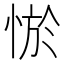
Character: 𢛨